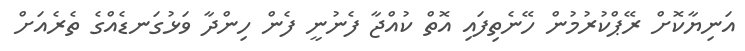
އަނިޔާކޮށް ރޭޕްކުރުމުން ހޭނެތިފައި އޮތް ކުއްޖާ ފެނުނީ ފެން ހިންދާ ވަޅުގަނޑެއްގެ ތެރެއަށް